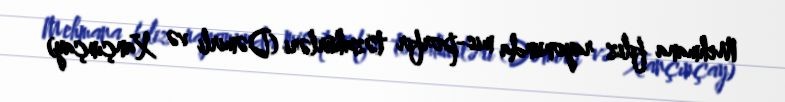
Mehmana filiz rayonunda mis-porfir təzahürləri (Dəmirli və Xançınçay)